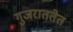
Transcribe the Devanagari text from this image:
गुजराततेत